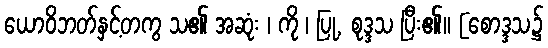
ယောဝိဘတ်နှင့်တကွ သ၏ အဆုံး ၊ ကို ၊ ပြု, စုဒ္ဒသ ပြီး၏။ [စောဒ္ဒသ၌